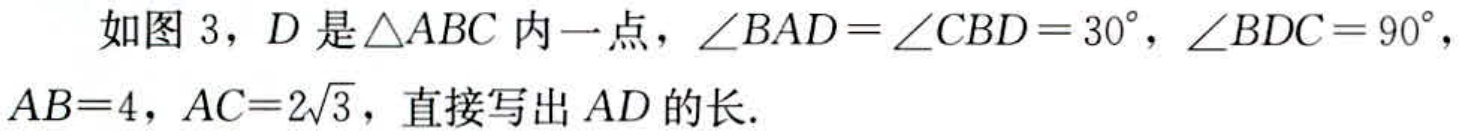
如图 3，$D$是$\triangle ABC$内一点，$\angle BAD = \angle CBD = 30^{\circ}$，$\angle BDC = 90^{\circ}$，$AB = 4$，$AC = 2\sqrt{3}$，直接写出$AD$的长.